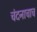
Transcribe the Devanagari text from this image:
चंदनाचाच